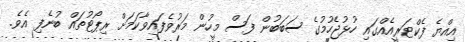
އިއްޔެ ފެކްޓަރީއެއްގައި ހުޅުޖެހުމުގެ ސަބަބުން ފަސް މީހުން މަރުވެފައިވާކަމަށް ރިޕޯޓުތައް ބުނެފި އެވެ.